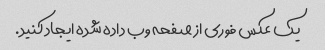
یک عکس فوری از صفحه وب داده شده ایجاد کنید.